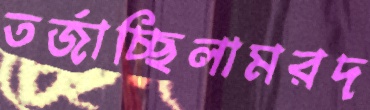
তর্জাচ্ছিলামরদ